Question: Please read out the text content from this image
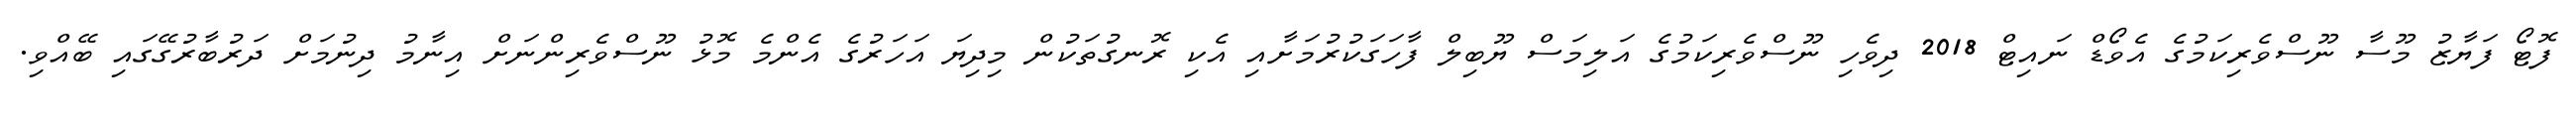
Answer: ފޮޓޯ ފަޔާޒު މޫސާ ނޫސްވެރިކަމުގެ އެވޯޑް ނައިޓް 2018 ދިވެހި ނޫސްވެރިކަމުގެ އަލިމަސް ޔޫބިލް ފާހަގަކުރުމަށާއި އެކި ރޮނގުތަކުން މިދިޔަ އަހަރުގެ އެންމެ މޮޅު ނޫސްވެރިންނަށް އިނާމު ދިނުމަށް ދަރުބާރުގޭގައި ބޭއްވި.